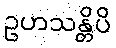
ဥဟသန္တိပိ